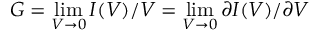
G = \operatorname* { l i m } _ { V \to 0 } I ( V ) / V = \operatorname* { l i m } _ { V \to 0 } \partial I ( V ) / \partial V